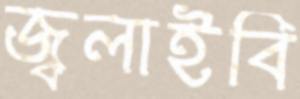
জ্বলাইবি